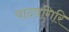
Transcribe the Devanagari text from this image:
यादवगिरि